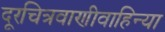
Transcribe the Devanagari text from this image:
दूरचित्रवाणीवाहिन्या